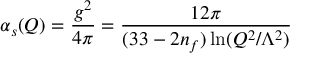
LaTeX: \alpha _ { s } ( Q ) = \frac { g ^ { 2 } } { 4 \pi } = \frac { 1 2 \pi } { ( 3 3 - 2 n _ { f } ) \ln ( Q ^ { 2 } / \Lambda ^ { 2 } ) }